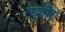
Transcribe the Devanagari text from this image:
रघुवीरा